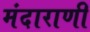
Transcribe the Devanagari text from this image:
मंदाराणी